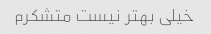
خیلی بهتر نیست متشکرم